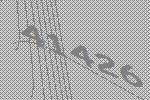
41426